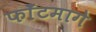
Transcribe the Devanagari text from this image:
फाँटमागे